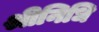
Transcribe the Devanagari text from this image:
श्रीनिधि